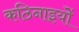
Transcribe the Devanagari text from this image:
कठिनाइयोें